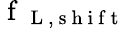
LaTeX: \mathrm{~f~}_{\mathrm{~L~,~s~h~i~f~t~}}